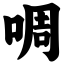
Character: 啁